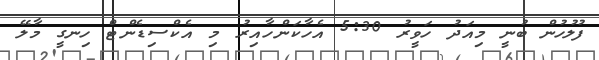
ފުލުހުން ބުނީ މިއަދު ހަވީރު 5:30 އެހާކަންހާއިރު މި އެކްސިޑެންޓް ހިނގީ މާލޭ